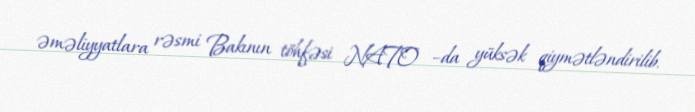
əməliyyatlara rəsmi Bakının töhfəsi NATO –da yüksək qiymətləndirilib.